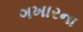
ગખારના